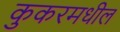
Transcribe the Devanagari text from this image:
कुकरमधील